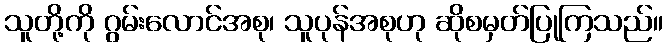
သူတို့ကို ဂွမ်းလောင်အစု၊ သူပုန်အစုဟု ဆိုစမှတ်ပြုကြသည်။